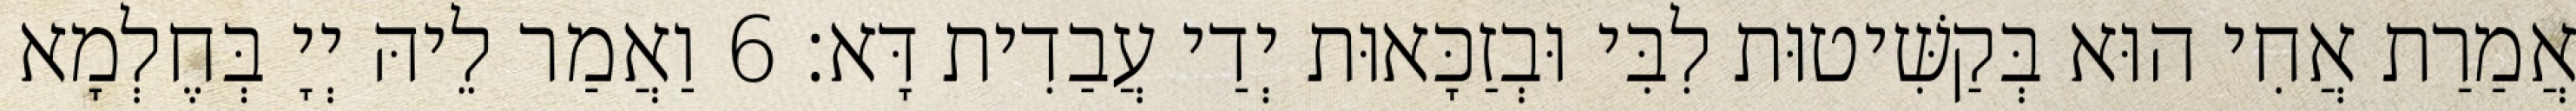
אֲמַרַת אֲחִי הוּא בְּקַשִּׁיטוּת לִבִּי וּבְזַכָּאוּת יְדַי עֲבַדִית דָּא׃ 6 וַאֲמַר לֵיהּ יְיָ בְּחֶלְמָא